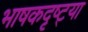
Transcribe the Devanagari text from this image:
भाषकदृष्ट्या